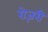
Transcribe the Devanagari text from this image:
रोज़री